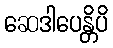
ဆေဒါပေန္တိပိ